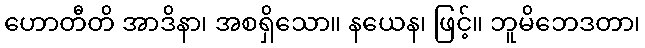
ဟောတီတိ အာဒိနာ၊ အစရှိသော။ နယေန၊ ဖြင့်။ ဘူမိဘေဒတာ၊